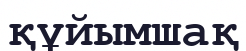
құйымшақ